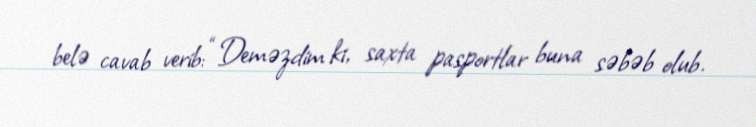
belə cavab verib: “Deməzdim ki, saxta pasportlar buna səbəb olub.